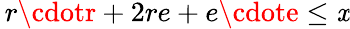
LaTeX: \, r\cdotr+2re+e\cdote\leq\mathit{x}